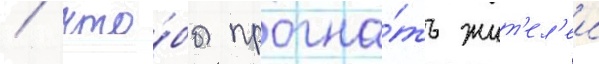
/ что́бы прогна́ть жит'ел'еи